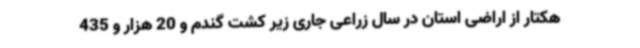
هکتار از اراضی استان در سال زراعی جاری زیر کشت گندم و 20 هزار و 435